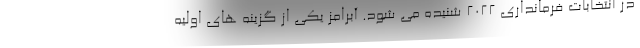
در انتخابات فرمانداری 2022 شنیده می شود. آبرامز یکی از گزینه های اولیه